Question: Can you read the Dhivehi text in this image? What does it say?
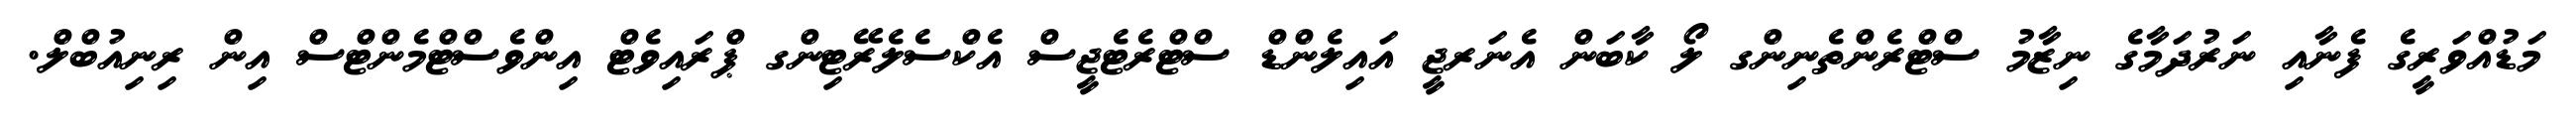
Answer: މަޑުއްވަރީގެ ފެނާއި ނަރުދަމާގެ ނިޒާމު ސްޓްރެންތެނިންގ ލޯ ކާބަން އެނަރޖީ އައިލެންޑް ސްޓްރެޓެޖީސް އެކްސެލެރޭޓިންގ ޕްރައިވެޓް އިންވެސްޓްމެންޓްސް އިން ރިނިއުބްލް.